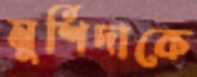
মুর্শিদাকে